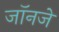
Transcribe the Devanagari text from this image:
जॉनजे